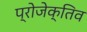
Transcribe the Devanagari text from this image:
प्रोजेक्तिव